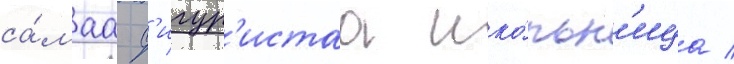
са́маа ф'игур'истаа шко́льн'ица /